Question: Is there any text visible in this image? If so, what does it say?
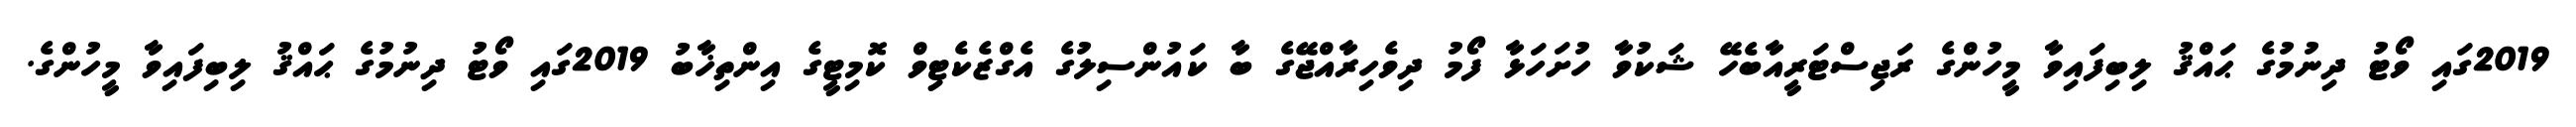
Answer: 2019ގައި ވޯޓު ދިނުމުގެ ޙައްޤު ލިބިފައިވާ މީހުންގެ ރަޖިސްޓަރީއާބެހޭ ޝަކުވާ ހުށަހަޅާ ފޯމު ދިވެހިރާއްޖޭގެ ބާ ކައުންސިލުގެ އެގްޒެކެޓިވް ކޮމިޓީގެ އިންތިޚާބު 2019ގައި ވޯޓު ދިނުމުގެ ޙައްޤު ލިބިފައިވާ މީހުންގެ.